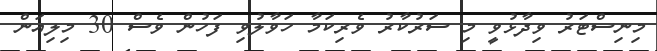
މިނިސްޓަރު ވިދާޅުވީ މި ސަރުކާރު ވެރިކަމާ ހަވާލުވި ފަހުން ވެސް 30 މިލިއަން